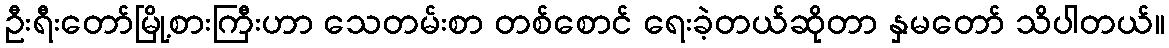
ဦးရီးတော်မြို့စားကြီးဟာ သေတမ်းစာ တစ်စောင် ရေးခဲ့တယ်ဆိုတာ နှမတော် သိပါတယ်။